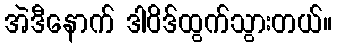
အဲဒီနောက် ဒါဝိဒ်ထွက်သွားတယ်။